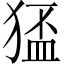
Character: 𤠅